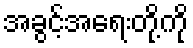
အခွင့်အရေးတို့ကို